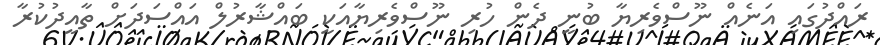
ރައްދުގައި އަނެއް ނޫސްވެރިޔާ ބުނީ ދެން ހުރި ނޫސްވެރިޔާއަކީ ބައްޝާރުލް އައްސަދަށް ތާއީދުކުރާ